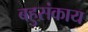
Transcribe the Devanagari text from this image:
बहुसंकाय